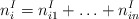
\begin{align*}n^{I}_{i} = n^{I}_{i1} + \ldots + n^{I}_{in}\end{align*}